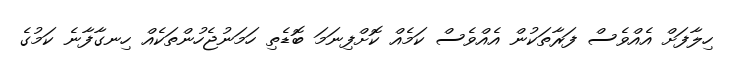
ހިލާފަށް އެއްވެސް ފަރާތަކުން އެއްވެސް ކަމެއް ކޮށްފިނަމަ ބޮޑެތި ހަމަނުޖެހުންތަކެއް ހިނގާފާނެ ކަމުގެ